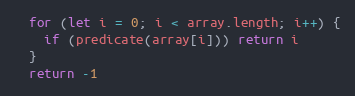
Language: JavaScript
  for (let i = 0; i < array.length; i++) {
    if (predicate(array[i])) return i
  }
  return -1